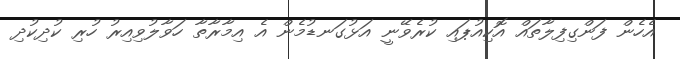
އެހެން ފަންގިފިލާތައް އޮކިއުޕައި ކުރެވޭނީ އަޅުގަނޑުމެން އެ އިމާރާތާ ހަވާލުވިއިރު ހުރި ކުދިކުދި